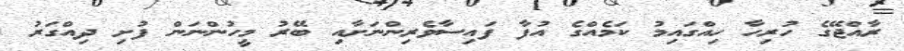
ރާއްޖޭގެ ހުރިހާ ހިއްގައިމު ކަމެއްގެ އުފާ ފައިސާވެރިންނަށާއި ބޭރު މީހުންނަން ފުށި ދިއްގަރު